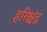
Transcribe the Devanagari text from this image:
हरिश्चंद्र